Sketch of the medical history of the native army of Bombay, for the year
Year: 1875
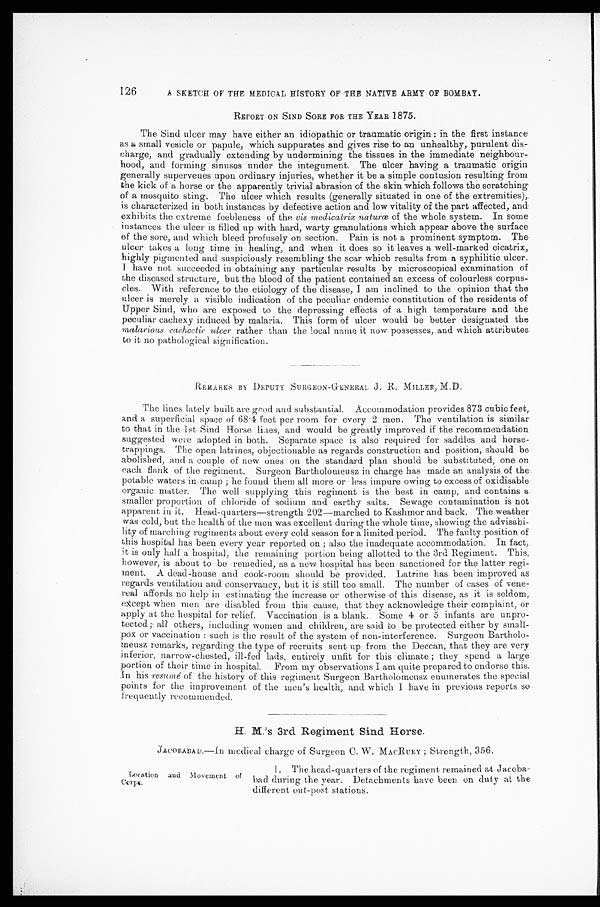
126
A SKETCH OF THE MEDICAL HISTORY OF THE NATIVE ARMY OF BOMBAY.
REPORT ON SIND SORE FOR THE YEAR 1875.
The Sind ulcer may have either an idiopathic or traumatic origin: in the first instance
as a small vesicle or papule, which suppurates and gives rise to an unhealthy, purulent dis
-
charge, and gradually extending by undermining the tissues in the immediate neighbour
-
hood, and forming sinuses under the integument. The ulcer having a traumatic origin
generally supervenes upon ordinary injuries, whether it be a simple contusion resulting from
the kick of a horse or the apparently trivial abrasion of the skin which follows the scratching
of a mosquito sting. The ulcer which results (generally situated in one of the extremities),
is characterized in both instances by defective action and low vitality of the part affected, and
exhibits the extreme feebleness of the vis medicatrix naturœ of the whole system. In some
instances the ulcer is filled up with hard, warty granulations which appear above the surface
of the sore, and which bleed profusely on section. Pain is not a prominent symptom. The
ulcer takes a long time in healing, and when it does so it leaves a well-marked cicatrix,
highly pigmented and suspiciously resembling the scar which results from a syphilitic ulcer.
I have not succeeded in obtaining any particular results by microscopical examination of
the diseased structure, but the blood of the patient contained an excess of colourless corpus
-
cles. With reference to the etiology of the disease, I am inclined to the opinion that the
ulcer is merely a visible indication of the peculiar endemic constitution of the residents of
Upper Sind, who are exposed to the depressing effects of a high temperature and the
peculiar cachexy induced by malaria. This form of ulcer would be better designated the
malarious cachectic ulcer rather than the local name it now possesses, and which attributes
to it no pathological signification.
REMARKS BY DEPUTY SURGEON-GENERAL J. R. MILLER, M.D.
The lines lately built are good and substantial. Accommodation provides 873 cubic feet,
and a superficial space of 68.4 feet per room for every 2 men. The ventilation is similar
to that in the 1st Sind Horse lines, and would be greatly improved if the recommendation
suggested were adopted in both. Separate space is also required for saddles and horse
-
trappings. The open latrines, objectionable as regards construction and position, should be
abolished, and a couple of new ones on the standard plan should be substituted, one on
each flank of the regiment. Surgeon Bartholomeusz in charge has made an analysis of the
potable waters in camp; he found them all more or less impure owing to excess of oxidisable
organic matter. The well supplying this regiment is the best in camp, and contains a
smaller proportion of chloride of sodium and earthy salts. Sewage contamination is not
apparent in it. Head-quarters—strength 202—marched to Kashmor and back. The weather
was cold, but the health of the men was excellent during the whole time, showing the advisabi
-
lity of marching regiments about every cold season for a limited period. The faulty position of
this hospital has been every year reported on; also the inadequate accommodation. In fact,
it is only half a hospital; the remaining portion being allotted to the 3rd Regiment. This,
however, is about to be remedied, as a new hospital has been sanctioned for the latter regi
-
ment. A dead-house and cook-room should be provided. Latrine has been improved as
regards ventilation and conservancy, but it is still too small. The number of cases of vene
-
real affords no help in estimating the increase or otherwise of this disease, as it is seldom,
except when men are disabled from this cause, that they acknowledge their complaint, or
apply at the hospital for relief. Vaccination is a blank. Some 4 or 5 infants are unpro
-
tected; all others, including women and children, are said to be protected either by small
-
pox or vaccination: such is the result of the system of non-interference. Surgeon Bartholo
-
meusz remarks, regarding the type of recruits sent up from the Deccan, that they are very
inferior, narrow-chested, ill-fed lads, entirely unfit for this climate; they spend a large
portion of their time in hospital. From my observations I am quite prepared to endorse this.
In his resumé of the history of this regiment Surgeon Bartholomeusz enumerates the special
points for the improvement of the men's health, and which I have in previous reports so
frequently recommended.
H. M.'s 3rd Regiment Sind Horse.
JACOBABAD.—In medical charge of Surgeon C. W. MACRURY ; Strength, 356.
Location and Movement of
Corps.
1. The head-quarters of the regiment remained at Jacoba
-
bad during the year. Detachments have been on duty at the
different out-post stations.